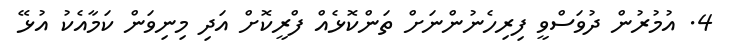
4. އުމުރުން ދުވަސްވީ ފިރިހެނުންނަށް ތަންކޮޅެއް ފްރީކޮށް އަދި މިނިވަން ކަމާއެކު އުޅޭ